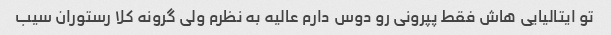
تو ایتالیایی هاش فقط پپرونی رو دوس دارم عالیه به نظرم ولی گرونه کلا رستوران سیب